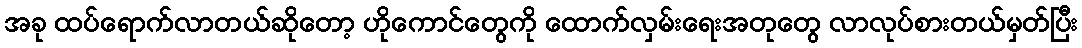
အခု ထပ်ရောက်လာတယ်ဆိုတော့ ဟိုကောင်တွေကို ထောက်လှမ်းရေးအတုတွေ လာလုပ်စားတယ်မှတ်ပြီး